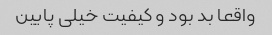
واقعا بد بود و کیفیت خیلی پایین